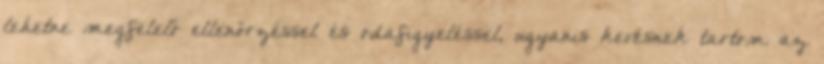
lehetne megfelelő ellenőrzéssel és odafigyeléssel, ugyanis kevésnek tartom az